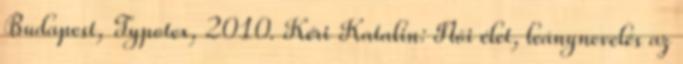
Budapest, Typotex, 2010. Kéri Katalin: Női élet, leánynevelés az